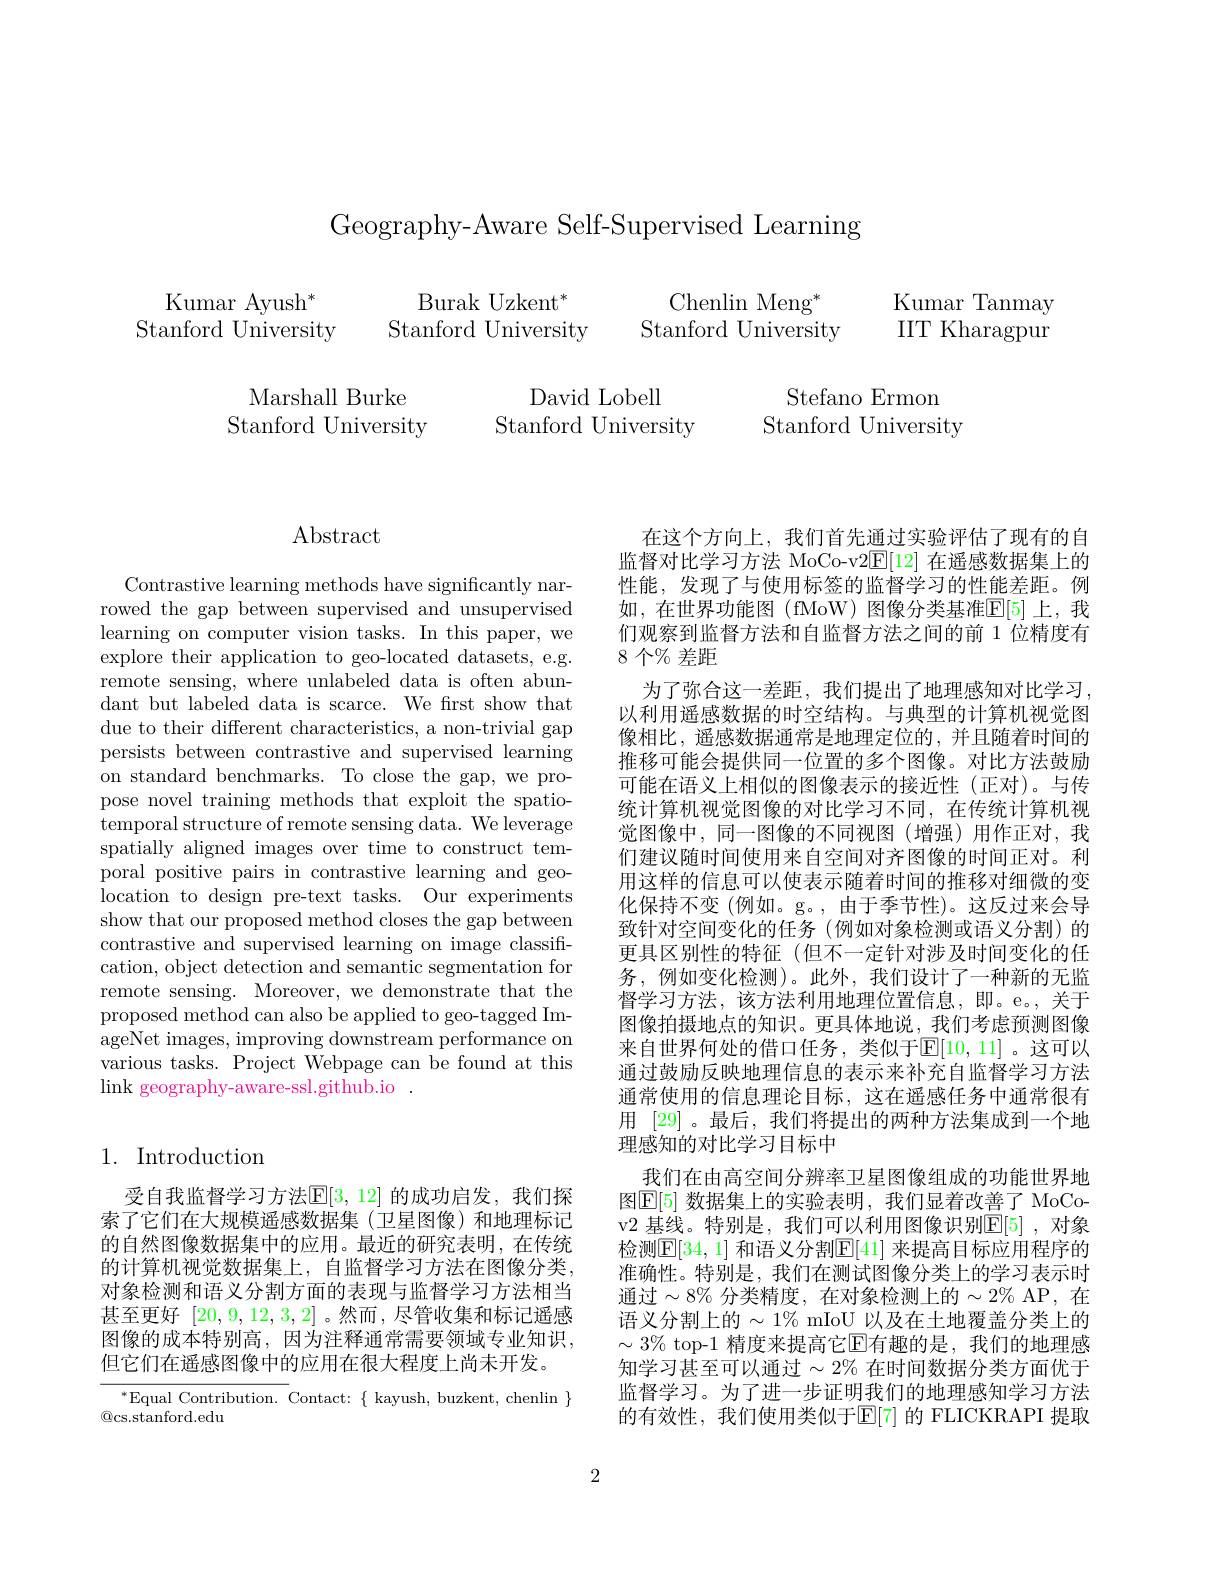
Geography-Aware Self-Supervised Learning

$\mathrm{Burak~Uzkent}^{*}$
Chenlin Meng$^*$
Stanford University
Stanford University

Kumar Ayush$^*$
Stanford University

Kumar Tanmay IIT Kharagpur

Marshall Burke
Stanford University

David Lobell
Stanford University

Stefano Ermon
Stanford University

$\operatorname{Abstract}$

Contrastive learning methods have significantly narrowed the gap between supervised and unsupervised learning on computer vision tasks. In this paper, we explore their application to geo-located datasets, e.g. remote sensing, where unlabeled data is often abundant but labeled data is scarce. We first show that due to their different characteristics, a non-trivial gap persists between contrastive and supervised learning on standard benchmarks. To close the gap, we propose novel training methods that exploit the spatiotemporal structure of remote sensing data. We leverage spatially aligned images over time to construct temporal positive pairs in contrastive learning and geolocation to design pre-text tasks. Our experiments show that our proposed method closes the gap between contrastive and supervised learning on image classification, object detection and semantic segmentation for remote sensing. Moreover, we demonstrate that the proposed method can also be applied to geo-tagged ImageNet images, improving downstream performance on various tasks. Project Webpage can be found at this $\operatorname*{link}$ geography-aware-ssl.github.io.

## 1. Introduction

受自我监督学习方法$\mathbb{E}[3,12]$ 的成功启发，我们探索了它们在大规模遥感数据集(卫星图像)和地理标记的自然图像数据集中的应用。最近的研究表明，在传统的计算机视觉数据集上，自监督学习方法在图像分类， 对象检测和语义分割方面的表现与监督学习方法相当甚至更好[20,9,12,3,2] 。然而，尽管收集和标记遥感图像的成本特别高，因为注释通常需要领域专业知识， 但它们在遥感图像中的应用在很大程度上尚未开发。

$^*$Equal Contribution. Contact: $\{$ kayush, buzkent, chenlin $\}$
$\textcircled{\mathrm{Q}}$cs.stanford.edu

们观察到监督方法和自监督方法之间的前 1 位精度有
8 个$\%$ 差距

在这个方向上，我们首先通过实验评估了现有的自监督对比学习方法 MoCo-v2$\mathbb{E}[12]$在遥感数据集上的性能，发现了与使用标签的监督学习的性能差距。例如，在世界功能图(fMoW)图像分类基准$\mathbb{E}[5]$上，我
为了弥合这一差距，我们提出了地理感知对比学习， 以利用遥感数据的时空结构。与典型的计算机视觉图像相比，遥感数据通常是地理定位的，并且随着时间的推移可能会提供同一位置的多个图像。对比方法鼓励可能在语义上相似的图像表示的接近性(正对)。与传统计算机视觉图像的对比学习不同，在传统计算机视觉图像中，同一图像的不同视图(增强)用作正对，我们建议随时间使用来自空间对齐图像的时间正对。利用这样的信息可以使表示随着时间的推移对细微的变化保持不变 (例如。g。,由于季节性)。这反过来会导致针对空间变化的任务 (例如对象检测或语义分割)的更具区别性的特征(但不一定针对涉及时间变化的任务，例如变化检测)。此外，我们设计了一种新的无监督学习方法，该方法利用地理位置信息，即。e。,关于图像拍摄地点的知识。更具体地说，我们考虑预测图像来自世界何处的借口任务，类似于$\mathbb{E}[10,11]$。这可以通过鼓励反映地理信息的表示来补充自监督学习方法通常使用的信息理论目标，这在遥感任务中通常很有用 [29] 。最后，我们将提出的两种方法集成到一个地理感知的对比学习目标中
我们在由高空间分辨率卫星图像组成的功能世界地图$\boxed{\mathrm{E}[5]\text{ 数据集上的实验表明，我们显着改善了 MoCo-}}$ v2 基线。特别是，我们可以利用图像识别$\mathbb{E}[5]$,对象检测$\mathbb{E}[34,1]$ 和语义分割$\mathbb{E}[41]$ 来提高目标应用程序的准确性。特别是，我们在测试图像分类上的学习表示时通过$\sim8\%$ 分类精度，在对象检测上的$\sim2\%$ AP, 在语义分割上的$\sim1\%$ mIoU 以及在土地覆盖分类上的$\sim3\%$ top-1 精度来提高它$\mathbb{E}$有趣的是，我们的地理感知学习甚至可以通过$\sim2\%$ 在时间数据分类方面优于监督学习。为了进一步证明我们的地理感知学习方法的有效性，我们使用类似于$\mathbb{E}[7]$ 的 FLICKRAPI 提取

2